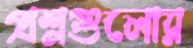
প্রশ্নগুলোর